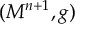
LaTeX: ( M ^ { n + 1 } , g )